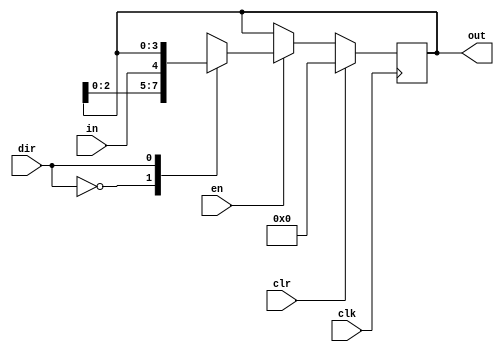
module bidirectional_sreg #(parameter MSB=4) (input in,input clk, input clr,
 input en, input dir, output reg [MSB-1:0] out );

always @(posedge clk)

if(clr==1)
out<=0;
else begin
if(en)
case(dir)
1'b0:out<={out[MSB-2:0],in};
1'b1:out<={in,out[MSB-1:0]};
endcase
else
out<=out;
end

endmodule